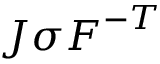
J { \boldsymbol { \sigma } } { \boldsymbol { F } } ^ { - T }